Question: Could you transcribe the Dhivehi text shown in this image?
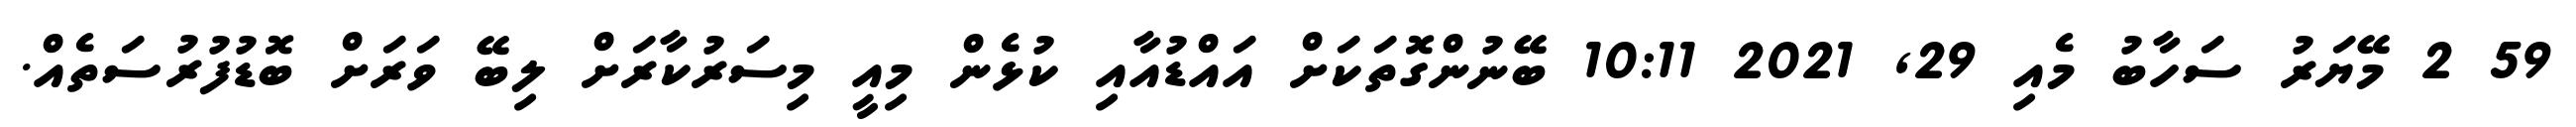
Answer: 59 2 މޭޔަރު ސަހާބު މެއި 29, 2021 10:11 ބޭނުންގޮތަކަށް އައްޑުއާއި ކުޅެން މިއީ މިސަރުކާރަށް ލިބޭ ވަރަށް ބޮޑުފުރުސަތެއް.